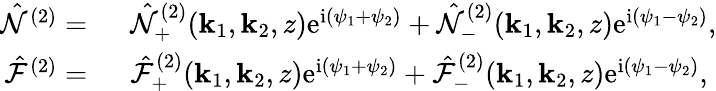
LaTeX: \begin{array}{rl}{\hat{\mathcal{N}}^{(2)}=~}&{\hat{\mathcal{N}}_{+}^{(2)}(\mathbf{k}_{1},\mathbf{k}_{2},z)\mathrm{e}^{\mathrm{i}(\psi_{1}+\psi_{2})}+\hat{\mathcal{N}}_{-}^{(2)}(\mathbf{k}_{1},\mathbf{k}_{2},z)\mathrm{e}^{\mathrm{i}(\psi_{1}-\psi_{2})},}\\ {\hat{\mathcal{F}}^{(2)}=~}&{\hat{\mathcal{F}}_{+}^{(2)}(\mathbf{k}_{1},\mathbf{k}_{2},z)\mathrm{e}^{\mathrm{i}(\psi_{1}+\psi_{2})}+\hat{\mathcal{F}}_{-}^{(2)}(\mathbf{k}_{1},\mathbf{k}_{2},z)\mathrm{e}^{\mathrm{i}(\psi_{1}-\psi_{2})},}\end{array}